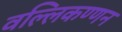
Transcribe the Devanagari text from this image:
वल्लिकण्णन